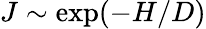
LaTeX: J\sim\exp(-H/D)